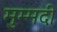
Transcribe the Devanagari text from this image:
मुम्मदी